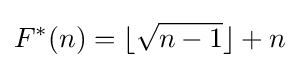
F^{*}(n)=\lfloor {\sqrt {n-1}}\rfloor +n